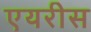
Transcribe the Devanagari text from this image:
एयरीस